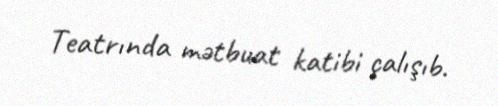
Teatrında mətbuat katibi çalışıb.